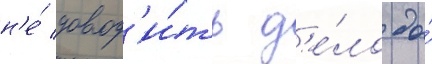
н'е́ довод'и́ть д'е́ло до́